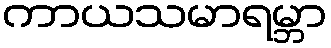
ကာယသမာရမ္ဘာ